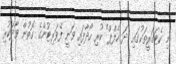
މި ކެޓަގަރީތަކުގައި "ދަ ހެލްޕް" ކުރި ހޯދާފައި ވަނީ ފެވަރިޓުންގެ ގޮތުން ވާދަކުރި